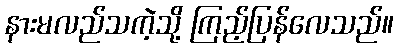
နားမလည်သကဲ့သို့ ကြည့်ပြန်လေသည်။